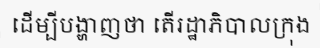
ដើម្បីបង្ហាញថា តើរដ្ឋាភិបាលក្រុង